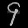
Digit: ၄